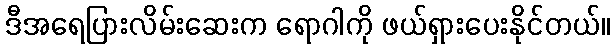
ဒီအရေပြားလိမ်းဆေးက ရောဂါကို ဖယ်ရှားပေးနိုင်တယ်။